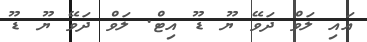
އައި ލަވް ދަވޭ ޔޫ ޑޫ އިޓް. ލަވް ދަވޭ ޔޫ ޑޫ